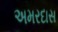
અમરદાસ